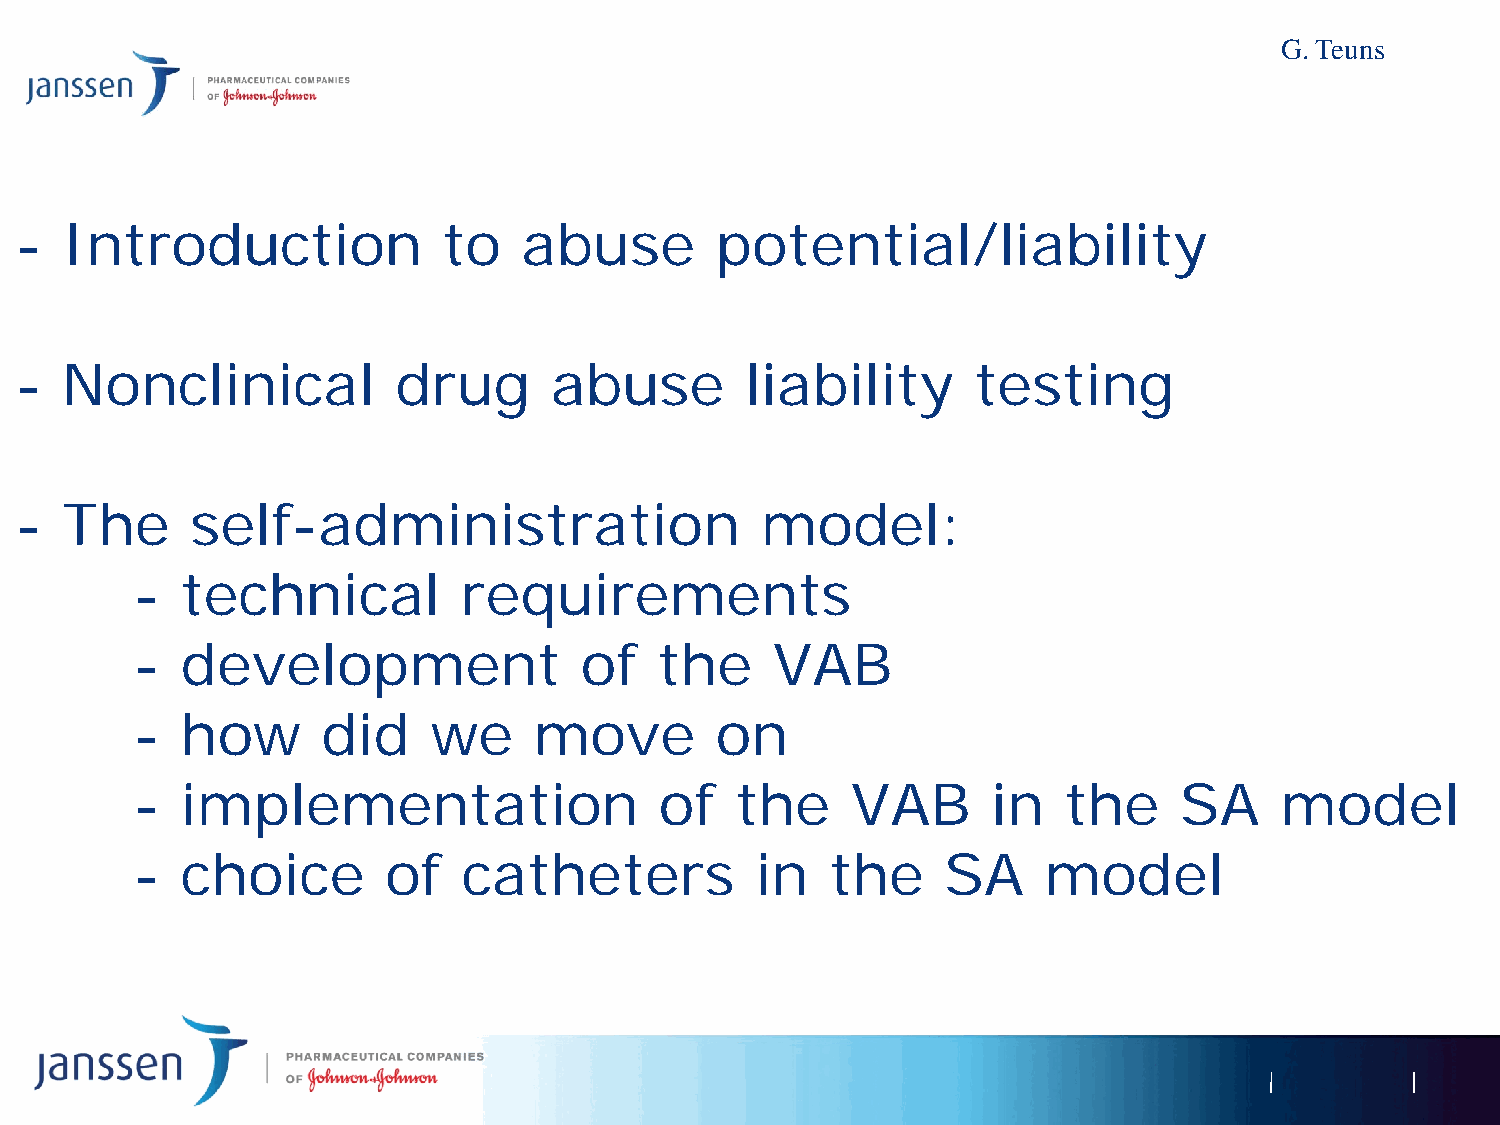
G. Teuns
 AGENDA
 -  Introduction             to   abuse        potential/liability
 -  Nonclinical           drug      abuse        liability      testing
 -  The      self-administration                  model:
 -  technical         requirements
 -  development               of   the     VAB
 -  how      did    we     move        on
 -  implementation                  of   the    VAB       in  the     SA     model
 -  choice       of    catheters          in   the    SA     model